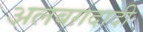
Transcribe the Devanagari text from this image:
अलबग़दादी